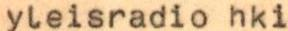
yleisradio hki